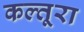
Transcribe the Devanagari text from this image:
कल्तूरा